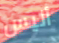
أليس